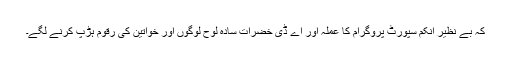
کہ بے نظیر انکم سپورٹ پروگرام کا عملہ اور اے ڈی خضرات سادہ لوح لوگوں اور خواتین کی رقوم ہڑپ کرنے لگے۔